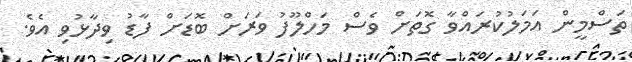
ތަސްމީން އަމަލުކުރައްވާ ގޮތަށް ވެސް މަހްލޫފު ވަރަށް ބޮޑަށް ފާޑު ވިދާޅުވި އެވެ.